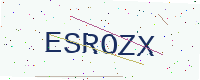
Text: ESROZX